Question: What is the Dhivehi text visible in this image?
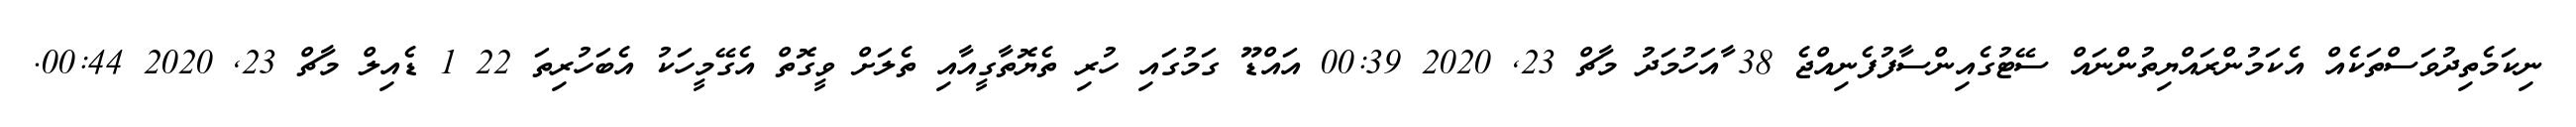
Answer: ނިކަމެތިދުވަސްތަކެއް އެކަމުންރައްޔިތުންނައް ސޭޓުގެއިންސާފުފެނިއްޖެ 38 ާއަހުމަދު މާޗް 23, 2020 00:39 އައްޑޫ ގަމުގައި ހުރި ތެޔޮތާގީއާއި ތެލަށް ވީގޮތް އެގޭމީހަކު އެބަހުރިތަ 22 1 ޑެއިލް މާޗް 23, 2020 00:44.